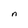
Character: n